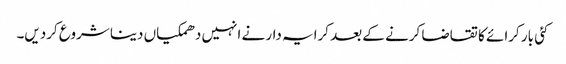
کئی بار کرائے کا تقاضا کرنے کے بعد کرایہ دار نے انہیں دھمکیاں دینا شروع کردیں۔